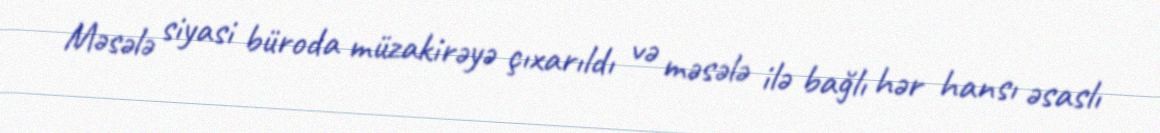
Məsələ siyasi büroda müzakirəyə çıxarıldı və məsələ ilə bağlı hər hansı əsaslı